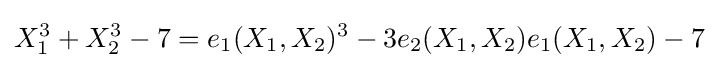
X_{1}^{3}+X_{2}^{3}-7=e_{1}(X_{1},X_{2})^{3}-3e_{2}(X_{1},X_{2})e_{1}(X_{1},X_{2})-7